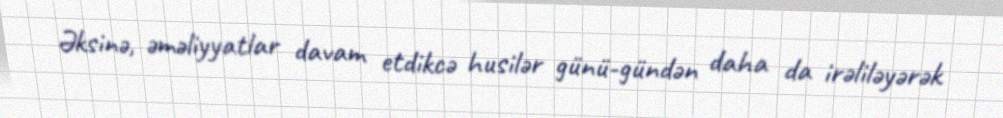
Əksinə, əməliyyatlar davam etdikcə husilər günü-gündən daha da irəliləyərək